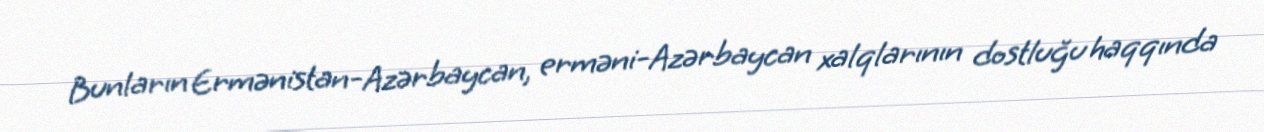
Bunların Ermənistan-Azərbaycan, erməni-Azərbaycan xalqlarının dostluğu haqqında